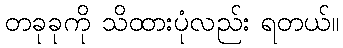
တခုခုကို သိထားပုံလည်း ရတယ်။